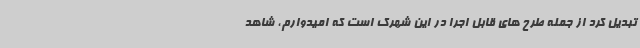
تبدیل کرد از جمله طرح های قابل اجرا در این شهرک است که امیدوارم، شاهد